Subject: cs
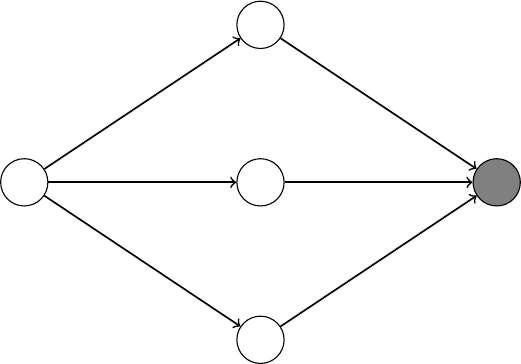
LaTeX code:
\begin{tikzpicture}
    \node[circle, minimum size=0.6cm] (O1) at  (-3,-2) {};
    \node[circle, minimum size=0.6cm] (O2) at  (3,2) {};
    \node[circle, draw, minimum size=0.6cm] (A) at  (-3,0) {};
    \node[circle, draw, minimum size=0.6cm] (B1) at  (0,-2) {};
    \node[circle, draw, minimum size=0.6cm] (B2) at  (0,0) {};
    \node[circle, draw, minimum size=0.6cm] (B3) at  (0,2) {};
    \node[circle, draw, minimum size=0.6cm, fill=gray] (C) at  (3,0) {};
    \draw [semithick,->] (A) -- (B1);
    \draw [semithick,->] (A) -- (B2);
    \draw [semithick,->] (A) -- (B3);
    \draw [semithick,->] (B1) -- (C);
    \draw [semithick,->] (B2) -- (C);
    \draw [semithick,->] (B3) -- (C);
\end{tikzpicture}